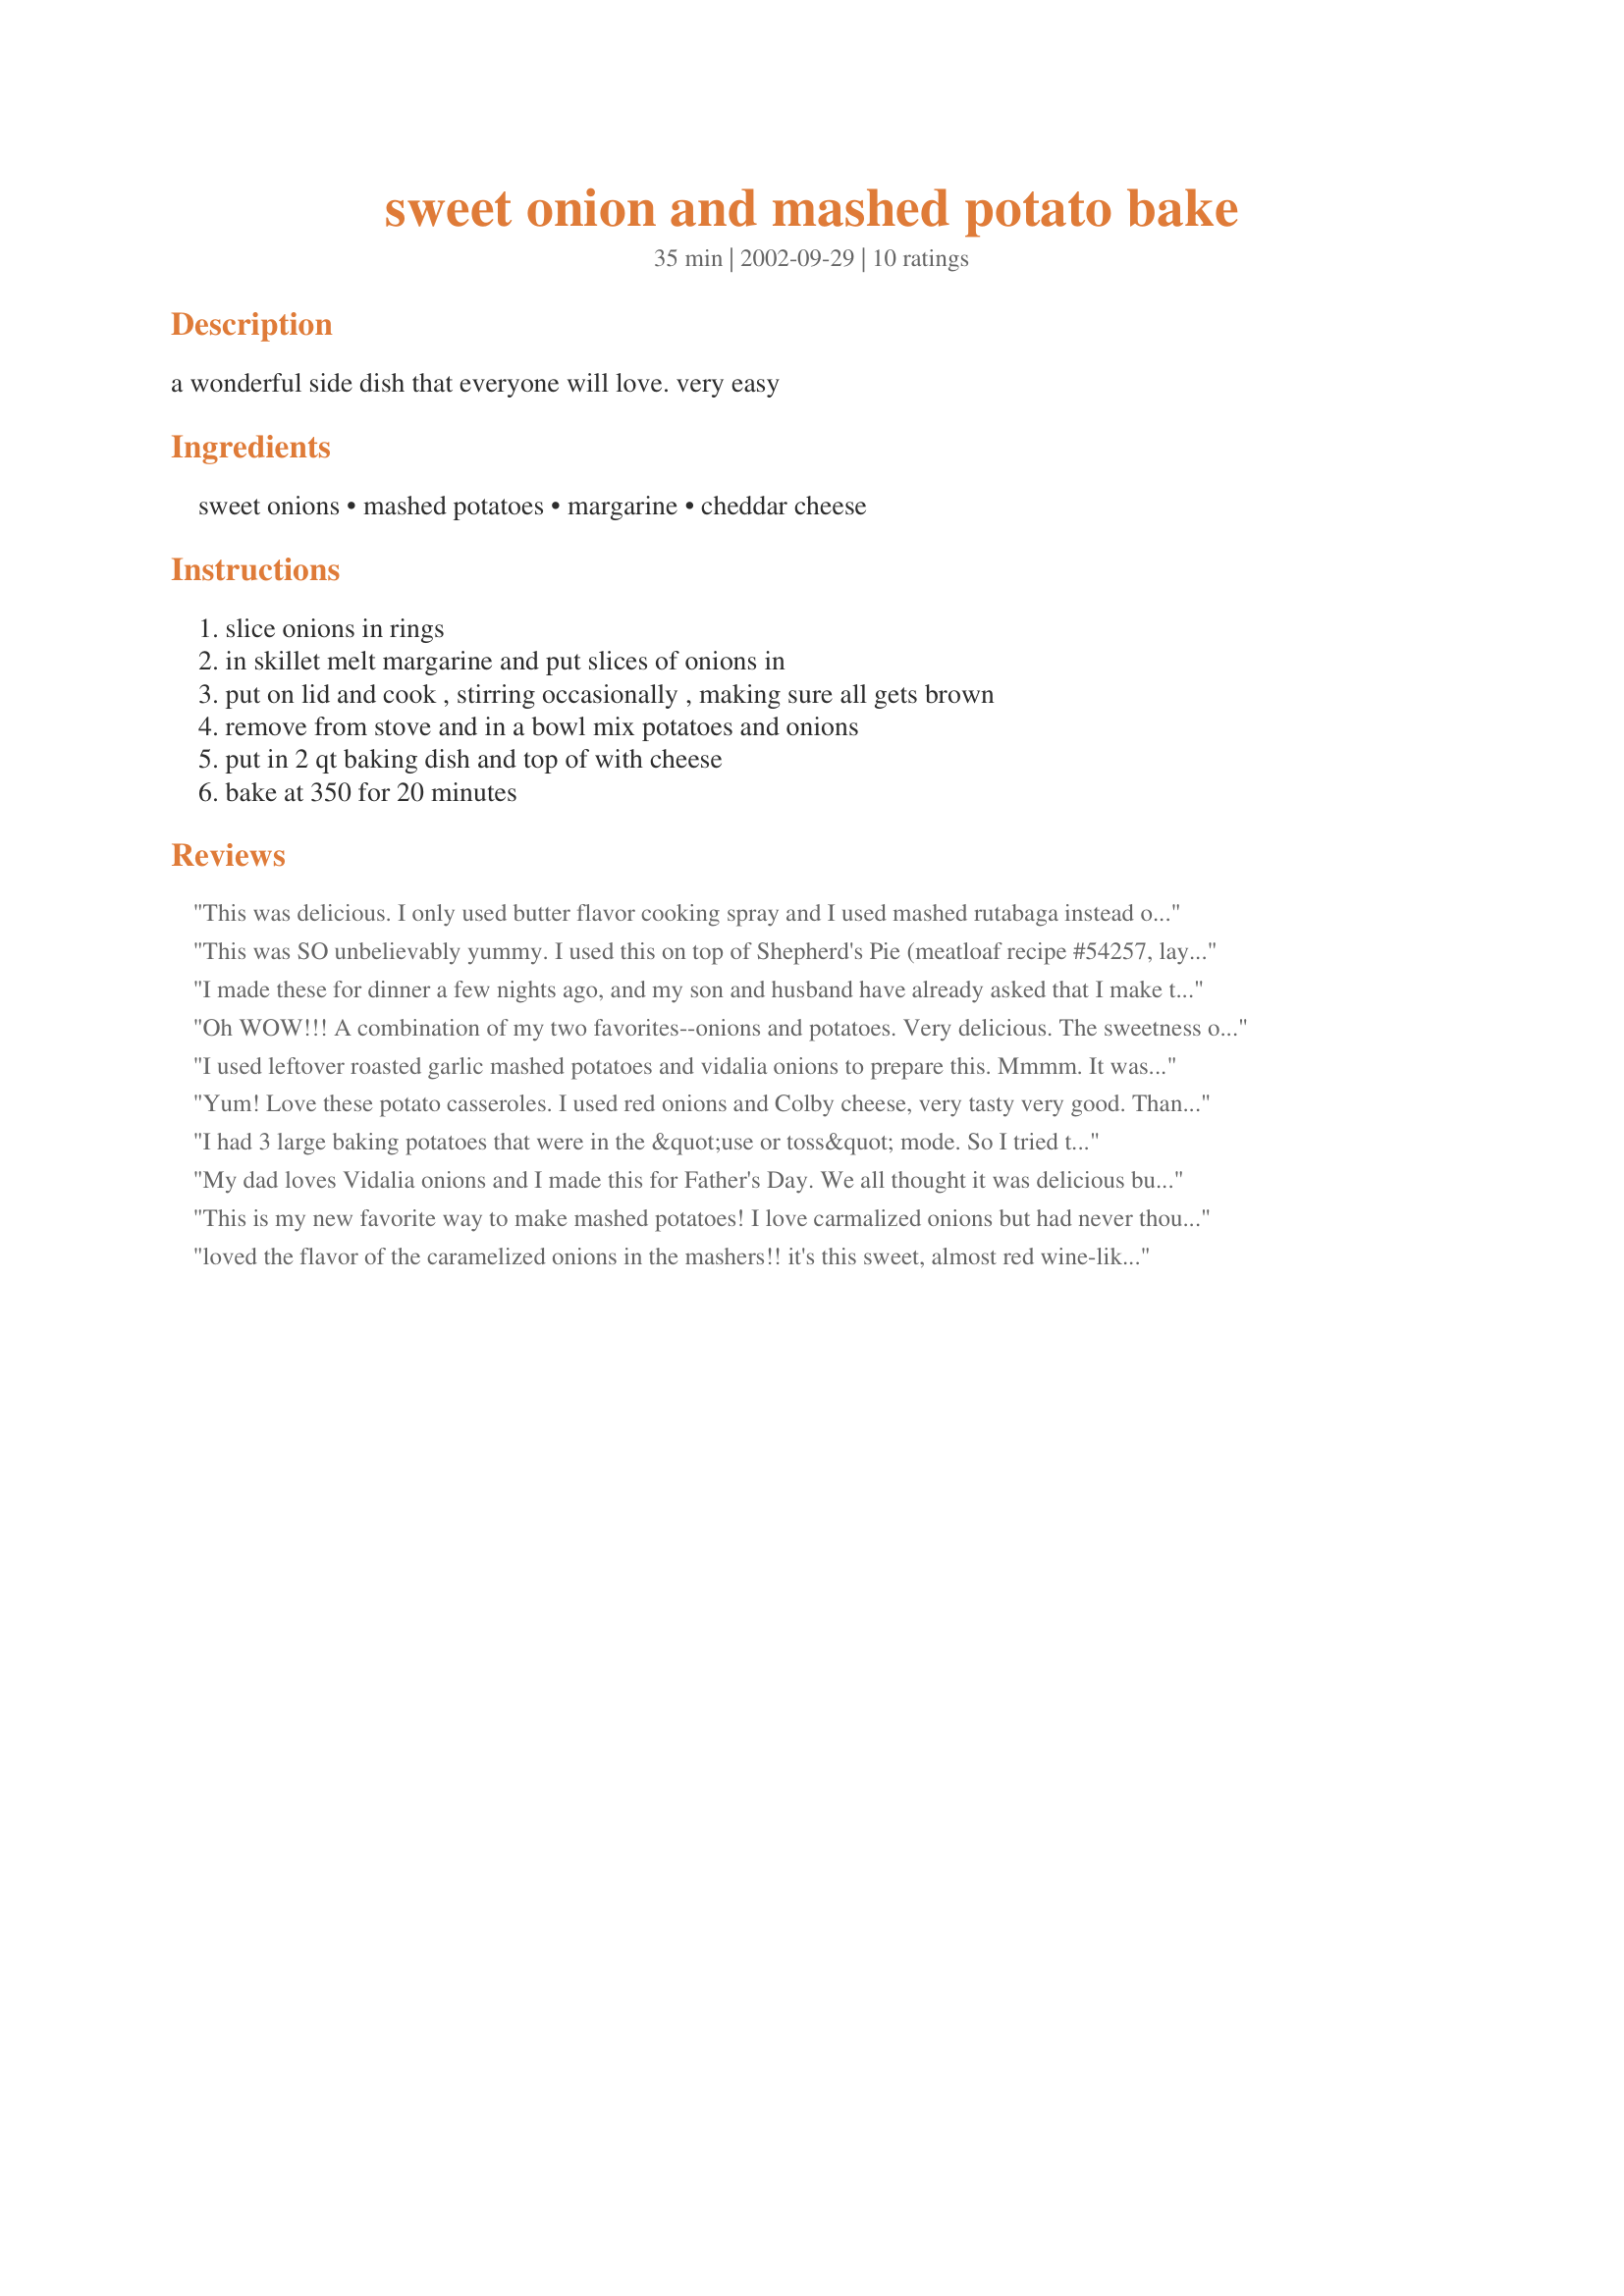
sweet onion and mashed potato bake
Preparation time: 35 minutes

a wonderful side dish that everyone will love. very easy

Ingredients:
sweet onions, mashed potatoes, margarine, cheddar cheese

Steps:
slice onions in rings, in skillet melt margarine and put slices of onions in, put on lid and cook , stirring occasionally , making sure all gets brown, remove from stove and in a bowl mix potatoes and onions, put in 2 qt baking dish and top of with cheese, bake at 350 for 20 minutes

Reviews:
This was delicious. I only used butter flavor cooking spray and I used mashed rutabaga instead of potatoes and it was fantastic. Great recipe!!
This was SO unbelievably yummy. I used this on top of Shepherd's Pie (meatloaf recipe #54257, layered with peas and carrots, then topped with these potatoes). The best Shepherd's Pie EVER.
I made these for dinner a few nights ago, and my son and husband have already asked that I make them again tonight! I think they are a new family favorite! I used red potatoes and added roasted garlic. What a wonderful recipe, thank you.
Oh WOW!!! A combination of my two favorites--onions and potatoes. Very delicious. The sweetness of the Vidalia onions really makes this special. My kids didn't even balk. Thanks Diggy, this is a new favorite of mine.
I used leftover roasted garlic mashed potatoes and vidalia onions to prepare this. Mmmm. It was a great way to recycle those potatoes. This flavorful sidedish represents true comfort food for me.
Yum! Love these potato casseroles.
I used red onions and Colby cheese, very tasty very good.
Thanks for posting.
I had 3 large baking potatoes that were in the &quot;use or toss&quot; mode. So I tried this recipe. I figured you can't go wrong with mashed potatoes, caramelized onions and cheese. Everyone loved it and requested that it be made again. . . soon. It was so easy and delicious.
My dad loves Vidalia onions and I made this for Father's Day. We all thought it was delicious but he was especially pleased. The onions carmelized well and had extraordinary flavor that was perfect with the mashed potatoes. A nice side dish that would go with many things. Thank you Diggy.
This is my new favorite way to make mashed potatoes! I love carmalized onions but had never thought to add them to potatoes. Thanks for the recipe! I sometimes add roasted garlic and/or crumbled bacon.
loved the flavor of the caramelized onions in the mashers!! it's this sweet, almost red wine-like flavor! i used roasted garlic instant mashed potatoes and skipped the cheese. made this early in the day, then baked at dinnertime! thanks for posting, this was fantastic!
